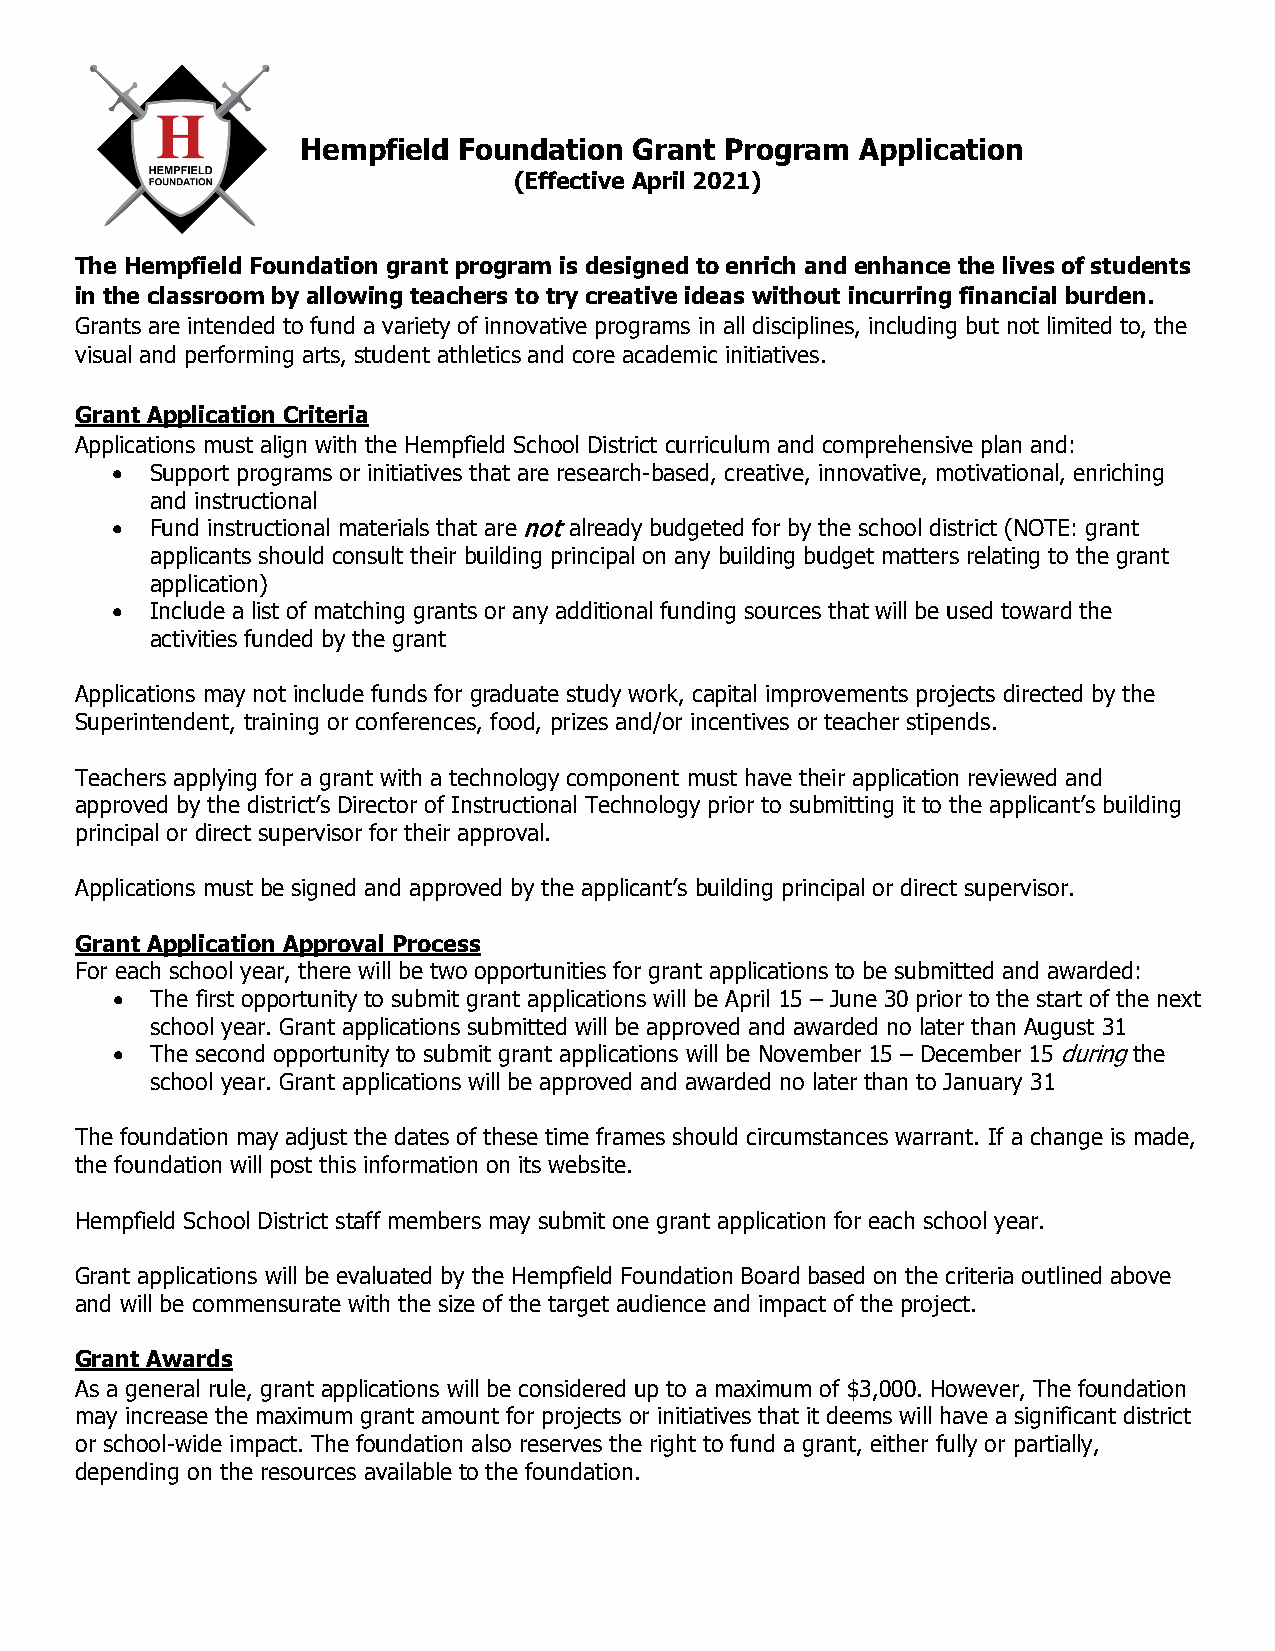
Hempfield Foundation  Grant Program  Application
 (Effective April 2021)
 The Hempfield Foundation grant program is designed to enrich and enhance the lives of students
 in the classroom by allowing teachers to try creative ideas without incurring financial burden.
 Grants are intended to fund a variety of innovative programs in all disciplines, including but not limited to, the
 visual and performing arts, student athletics and core academic initiatives.
 Grant Application Criteria
 Applications must align with the Hempfield School District curriculum and comprehensive plan and:
 •  Support programs or initiatives that are research-based, creative, innovative, motivational, enriching
 and instructional
 •  Fund instructional materials that are not already budgeted for by the school district (NOTE: grant
 applicants should consult their building principal on any building budget matters relating to the grant
 application)
 •  Include a list of matching grants or any additional funding sources that will be used toward the
 activities funded by the grant
 Applications may not include funds for graduate study work, capital improvements projects directed by the
 Superintendent, training or conferences, food, prizes and/or incentives or teacher stipends.
 Teachers applying for a grant with a technology component must have their application reviewed and
 approved by the district’s Director of Instructional Technology prior to submitting it to the applicant’s building
 principal or direct supervisor for their approval.
 Applications must be signed and approved by the applicant’s building principal or direct supervisor.
 Grant Application Approval Process
 For each school year, there will be two opportunities for grant applications to be submitted and awarded:
 •  The first opportunity to submit grant applications will be April 15 – June 30 prior to the start of the next
 school year. Grant applications submitted will be approved and awarded no later than August 31
 •  The second opportunity to submit grant applications will be November 15 – December 15 during the
 school year. Grant applications will be approved and awarded no later than to January 31
 The foundation may adjust the dates of these time frames should circumstances warrant. If a change is made,
 the foundation will post this information on its website.
 Hempfield School District staff members may submit one grant application for each school year.
 Grant applications will be evaluated by the Hempfield Foundation Board based on the criteria outlined above
 and will be commensurate with the size of the target audience and impact of the project.
 Grant Awards
 As a general rule, grant applications will be considered up to a maximum of $3,000. However, The foundation
 may increase the maximum grant amount for projects or initiatives that it deems will have a significant district
 or school-wide impact. The foundation also reserves the right to fund a grant, either fully or partially,
 depending on the resources available to the foundation.